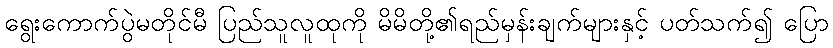
ရွေးကောက်ပွဲမတိုင်မီ ပြည်သူလူထုကို မိမိတို့၏ရည်မှန်းချက်များနှင့် ပတ်သက်၍ ပြော